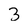
Character: 3